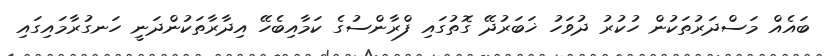
ބައެއް މަސްދަރުތަކުން ހުކުރު ދުވަހު ޚަބަރުދޭ ގޮތުގައި ފްރާންސުގެ ކަމާއިބެހޭ އިދާރާތަކުންދަނީ ހަނގުރާމައިގައި